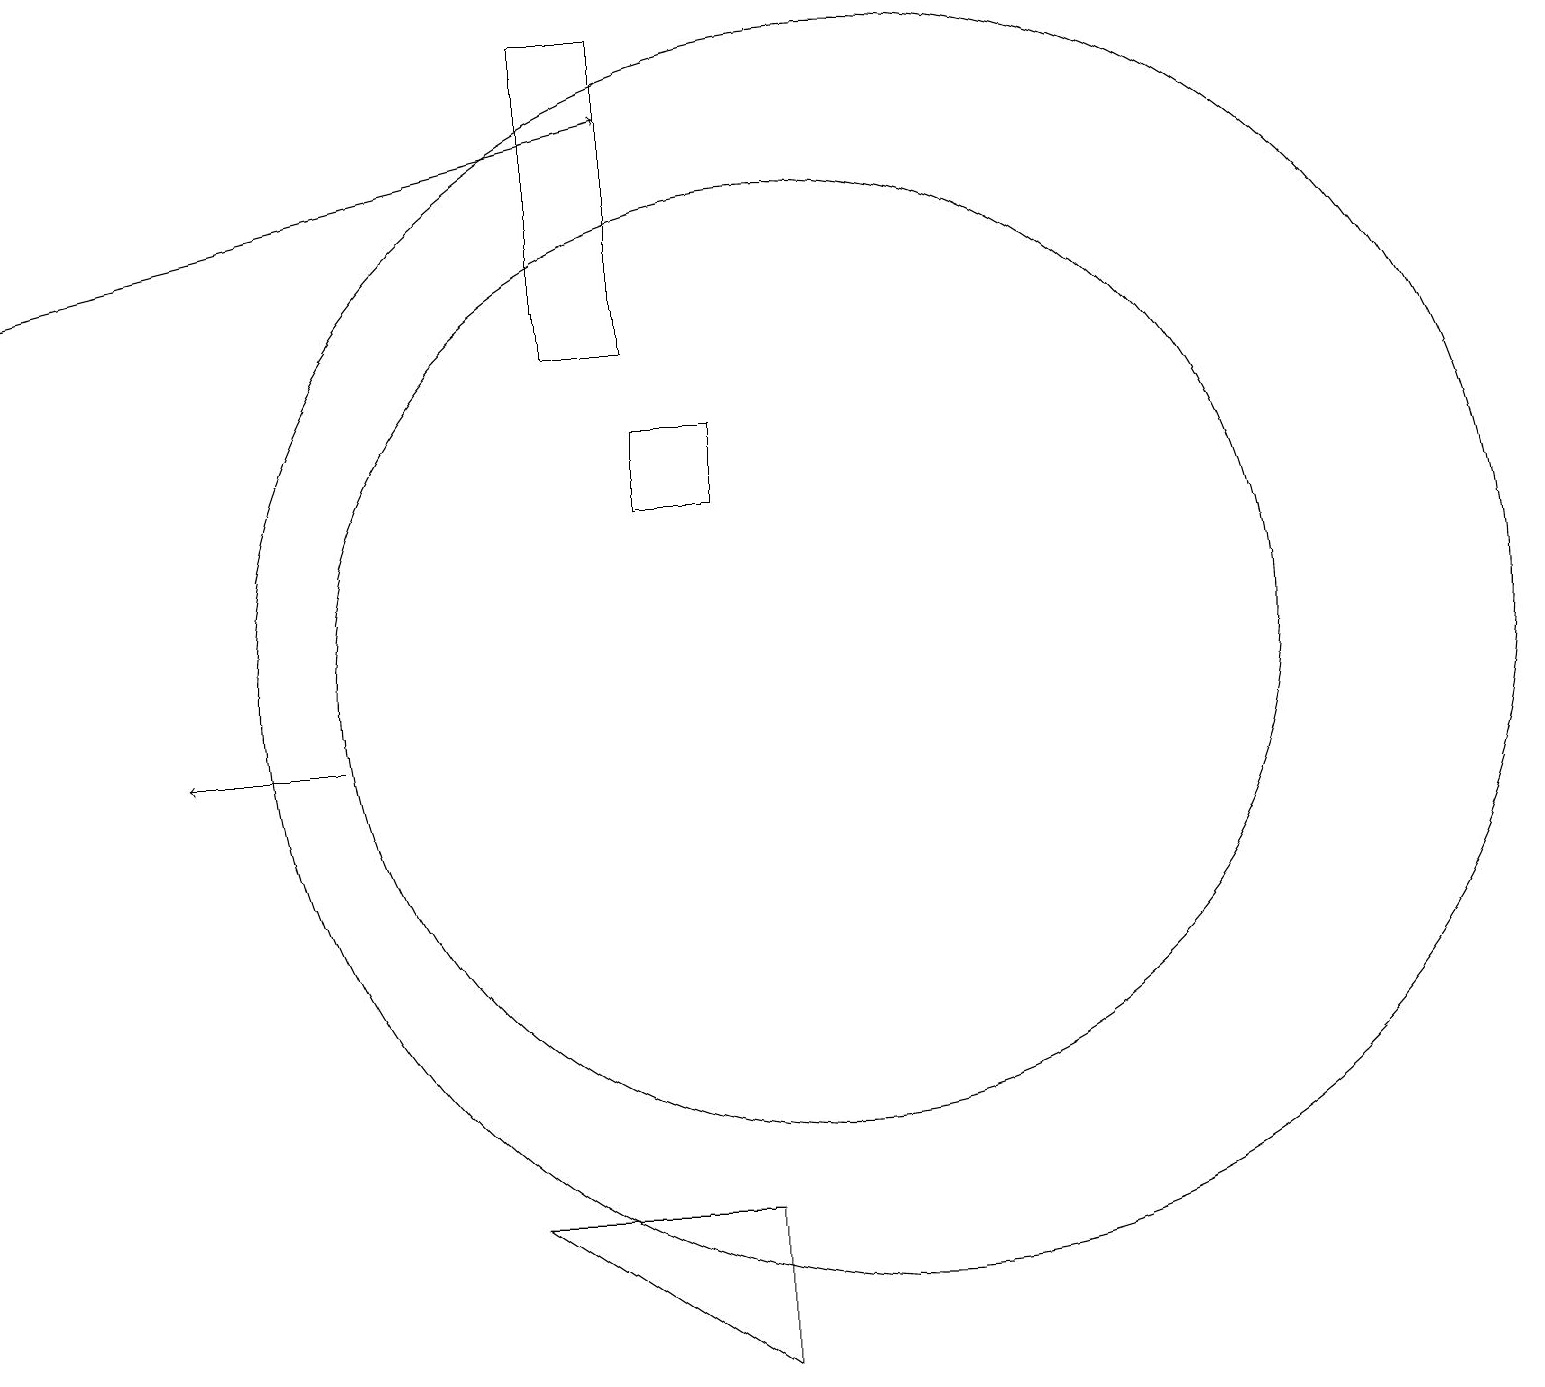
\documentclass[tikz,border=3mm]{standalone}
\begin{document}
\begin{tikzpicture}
\draw (10,10) circle (0);
\draw (11,11) circle (8);
\draw[->] (4,10) -- (2,10);
\draw (8,13) rectangle (9,14);
\draw (7,15) rectangle (8,19);
\draw (10,11) circle (6);
\draw[->] (0,16) -- (8,18);
\draw (6,4) -- (9,4) -- (9,2) -- cycle;
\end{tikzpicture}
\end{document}